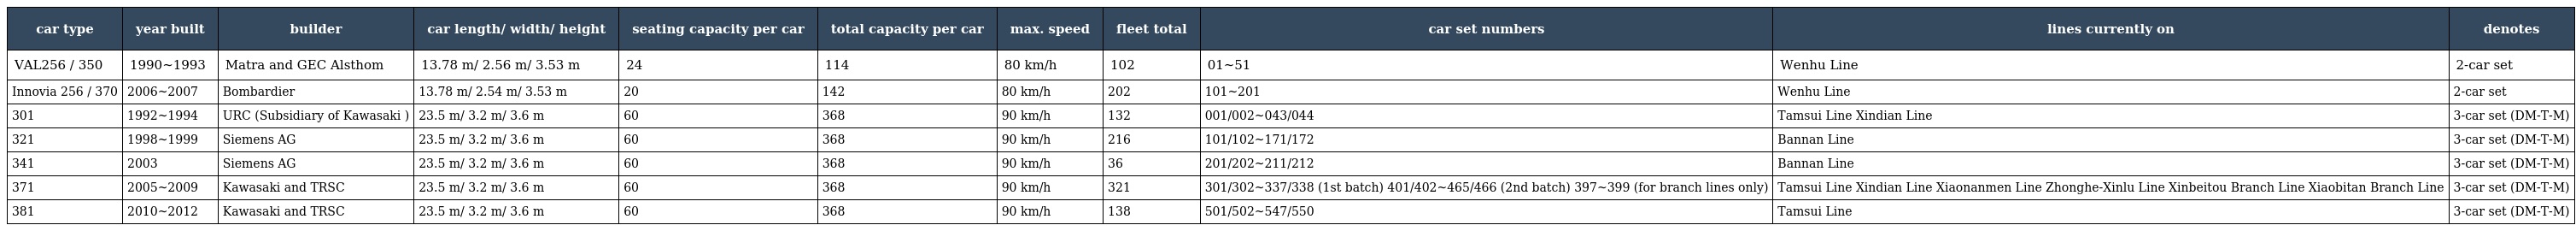
| car type | year built | builder | car length/ width/ height | seating capacity per car | total capacity per car | max. speed | fleet total | car set numbers | lines currently on | denotes |
 | --- | --- | --- | --- | --- | --- | --- | --- | --- | --- | --- |
 | VAL256 / 350 | 1990~1993 | Matra and GEC Alsthom | 13.78 m/ 2.56 m/ 3.53 m | 24 | 114 | 80 km/h | 102 | 01~51 | Wenhu Line | 2-car set |
 | Innovia 256 / 370 | 2006~2007 | Bombardier | 13.78 m/ 2.54 m/ 3.53 m | 20 | 142 | 80 km/h | 202 | 101~201 | Wenhu Line | 2-car set |
 | 301 | 1992~1994 | URC (Subsidiary of Kawasaki ) | 23.5 m/ 3.2 m/ 3.6 m | 60 | 368 | 90 km/h | 132 | 001/002~043/044 | Tamsui Line Xindian Line | 3-car set (DM-T-M) |
 | 321 | 1998~1999 | Siemens AG | 23.5 m/ 3.2 m/ 3.6 m | 60 | 368 | 90 km/h | 216 | 101/102~171/172 | Bannan Line | 3-car set (DM-T-M) |
 | 341 | 2003 | Siemens AG | 23.5 m/ 3.2 m/ 3.6 m | 60 | 368 | 90 km/h | 36 | 201/202~211/212 | Bannan Line | 3-car set (DM-T-M) |
 | 371 | 2005~2009 | Kawasaki and TRSC | 23.5 m/ 3.2 m/ 3.6 m | 60 | 368 | 90 km/h | 321 | 301/302~337/338 (1st batch) 401/402~465/466 (2nd batch) 397~399 (for branch lines only) | Tamsui Line Xindian Line Xiaonanmen Line Zhonghe-Xinlu Line Xinbeitou Branch Line Xiaobitan Branch Line | 3-car set (DM-T-M) |
 | 381 | 2010~2012 | Kawasaki and TRSC | 23.5 m/ 3.2 m/ 3.6 m | 60 | 368 | 90 km/h | 138 | 501/502~547/550 | Tamsui Line | 3-car set (DM-T-M) |